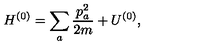
H ^ { ( 0 ) } = \sum _ { a } \frac { p _ { a } ^ { 2 } } { 2 m } + U ^ { ( 0 ) } ,